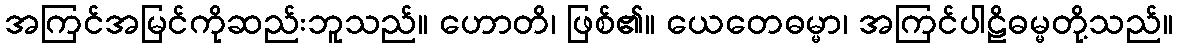
အကြင်အမြင်ကိုဆည်းဘူသည်။ ဟောတိ၊ ဖြစ်၏။ ယေတေဓမ္မာ၊ အကြင်ပါဠိဓမ္မတို့သည်။